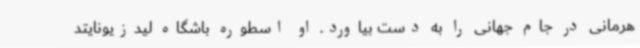
هرمانی در جام جهانی را به دست بیاورد. او اسطوره باشگاه لیدزیونایتد